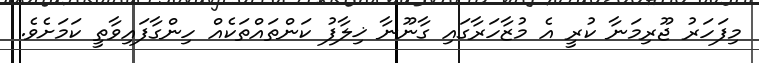
މިފަހަރު ޖޫރިމަނާ ކުރީ އެ މުޒާހަރާގައި ގާނޫނާ ޚިލާފު ކަންތައްތަކެއް ހިންގާފައިވާތީ ކަމަށެވެ.